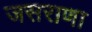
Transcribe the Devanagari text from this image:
जसराणा